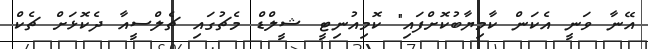
އޭނާ ވަނީ އެކަން ކާމިޔާބުކޮށްފައި" ކޮމިއުނިޓީ ޝީލްޑް މެޗުގައި ޗެލްސީއާ ދެކޮޅަށް ޗެކް